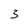
Character: 3